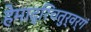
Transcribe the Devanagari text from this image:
हेमाद्रिचतुर्वर्गं